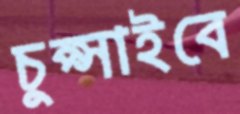
চুপ্‌সাইবে